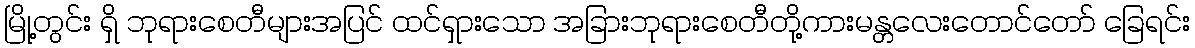
မြို့တွင်း ရှိ ဘုရားစေတီများအပြင် ထင်ရှားသော အခြားဘုရားစေတီတို့ကားမန္တလေးတောင်တော် ခြေရင်း